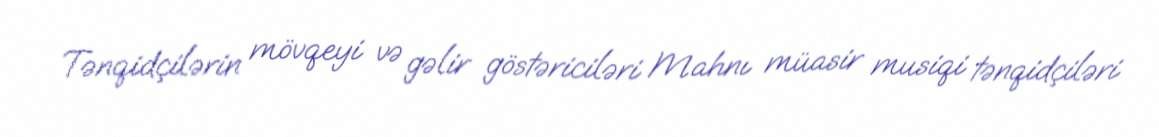
Tənqidçilərin mövqeyi və gəlir göstəriciləri Mahnı müasir musiqi tənqidçiləri